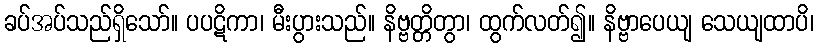
ခပ်အပ်သည်ရှိသော်။ ပပဋိကာ၊ မီးပွားသည်။ နိဗ္ဗတ္တိတွာ၊ ထွက်လတ်၍။ နိဗ္ဗာပေယျ သေယျထာပိ၊